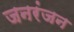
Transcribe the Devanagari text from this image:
जनरंजन